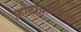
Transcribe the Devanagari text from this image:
फ़ोटोग्राफिक